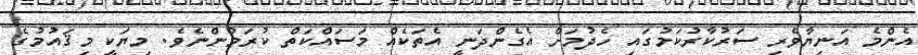
އެންމެ އަނިޔާވެރި ސަރުކާރުކަމުގައި ހެދުމަށް އެގެންދަނީ އެތަކެއް މަސައްކަތް ކުރަމުންނެވެ. މިޔަކީ މިޤައުމުގެ